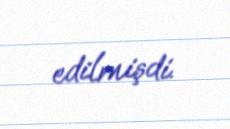
edilmişdi.